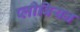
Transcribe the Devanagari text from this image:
प्लीबियन